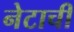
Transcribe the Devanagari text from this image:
नेटाची